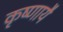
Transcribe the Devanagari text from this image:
कृष्णायै